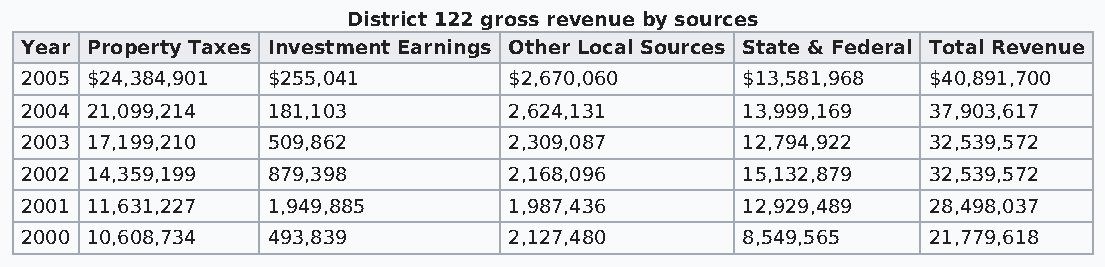
District 122 gross revenue by sources
 Year Property Taxes Investment Earnings Other Local Sources State & Federal Total Revenue
 2005 $24,384,901 $255,041        $2,670,060     $13,581,968 $40,891,700
 2004 21,099,214  181,103         2,624,131      13,999,169  37,903,617
 2003 17,199,210  509,862         2,309,087      12,794,922  32,539,572
 2002 14,359,199  879,398         2,168,096      15,132,879  32,539,572
 2001 11,631,227  1,949,885       1,987,436      12,929,489  28,498,037
 2000 10,608,734  493,839         2,127,480      8,549,565   21,779,618